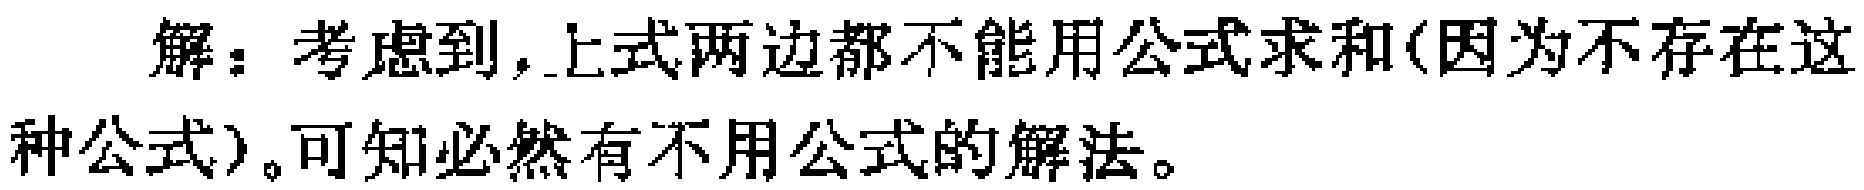
解：考虑到，上式两边都不能用公式求和(因为不存在这种公式)。可知必然有不用公式的解法。